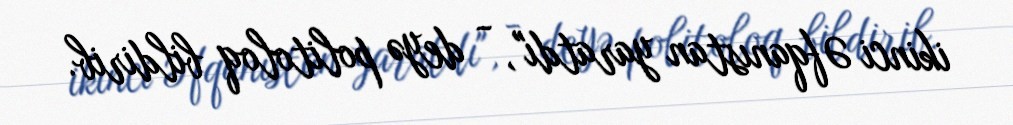
ikinci Əfqanıstan yaratdı", - deyə politoloq bildirib.